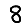
Digit: 8